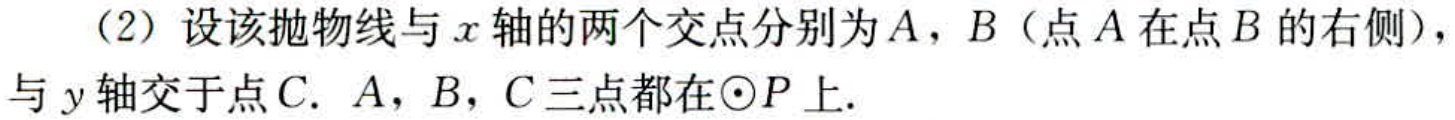
（2）设该抛物线与\(x\)轴的两个交点分别为\(A\)，\(B\)（点\(A\)在点\(B\)的右侧），与\(y\)轴交于点\(C\). \(A\)，\(B\)，\(C\)三点都在\(\odot P\)上.